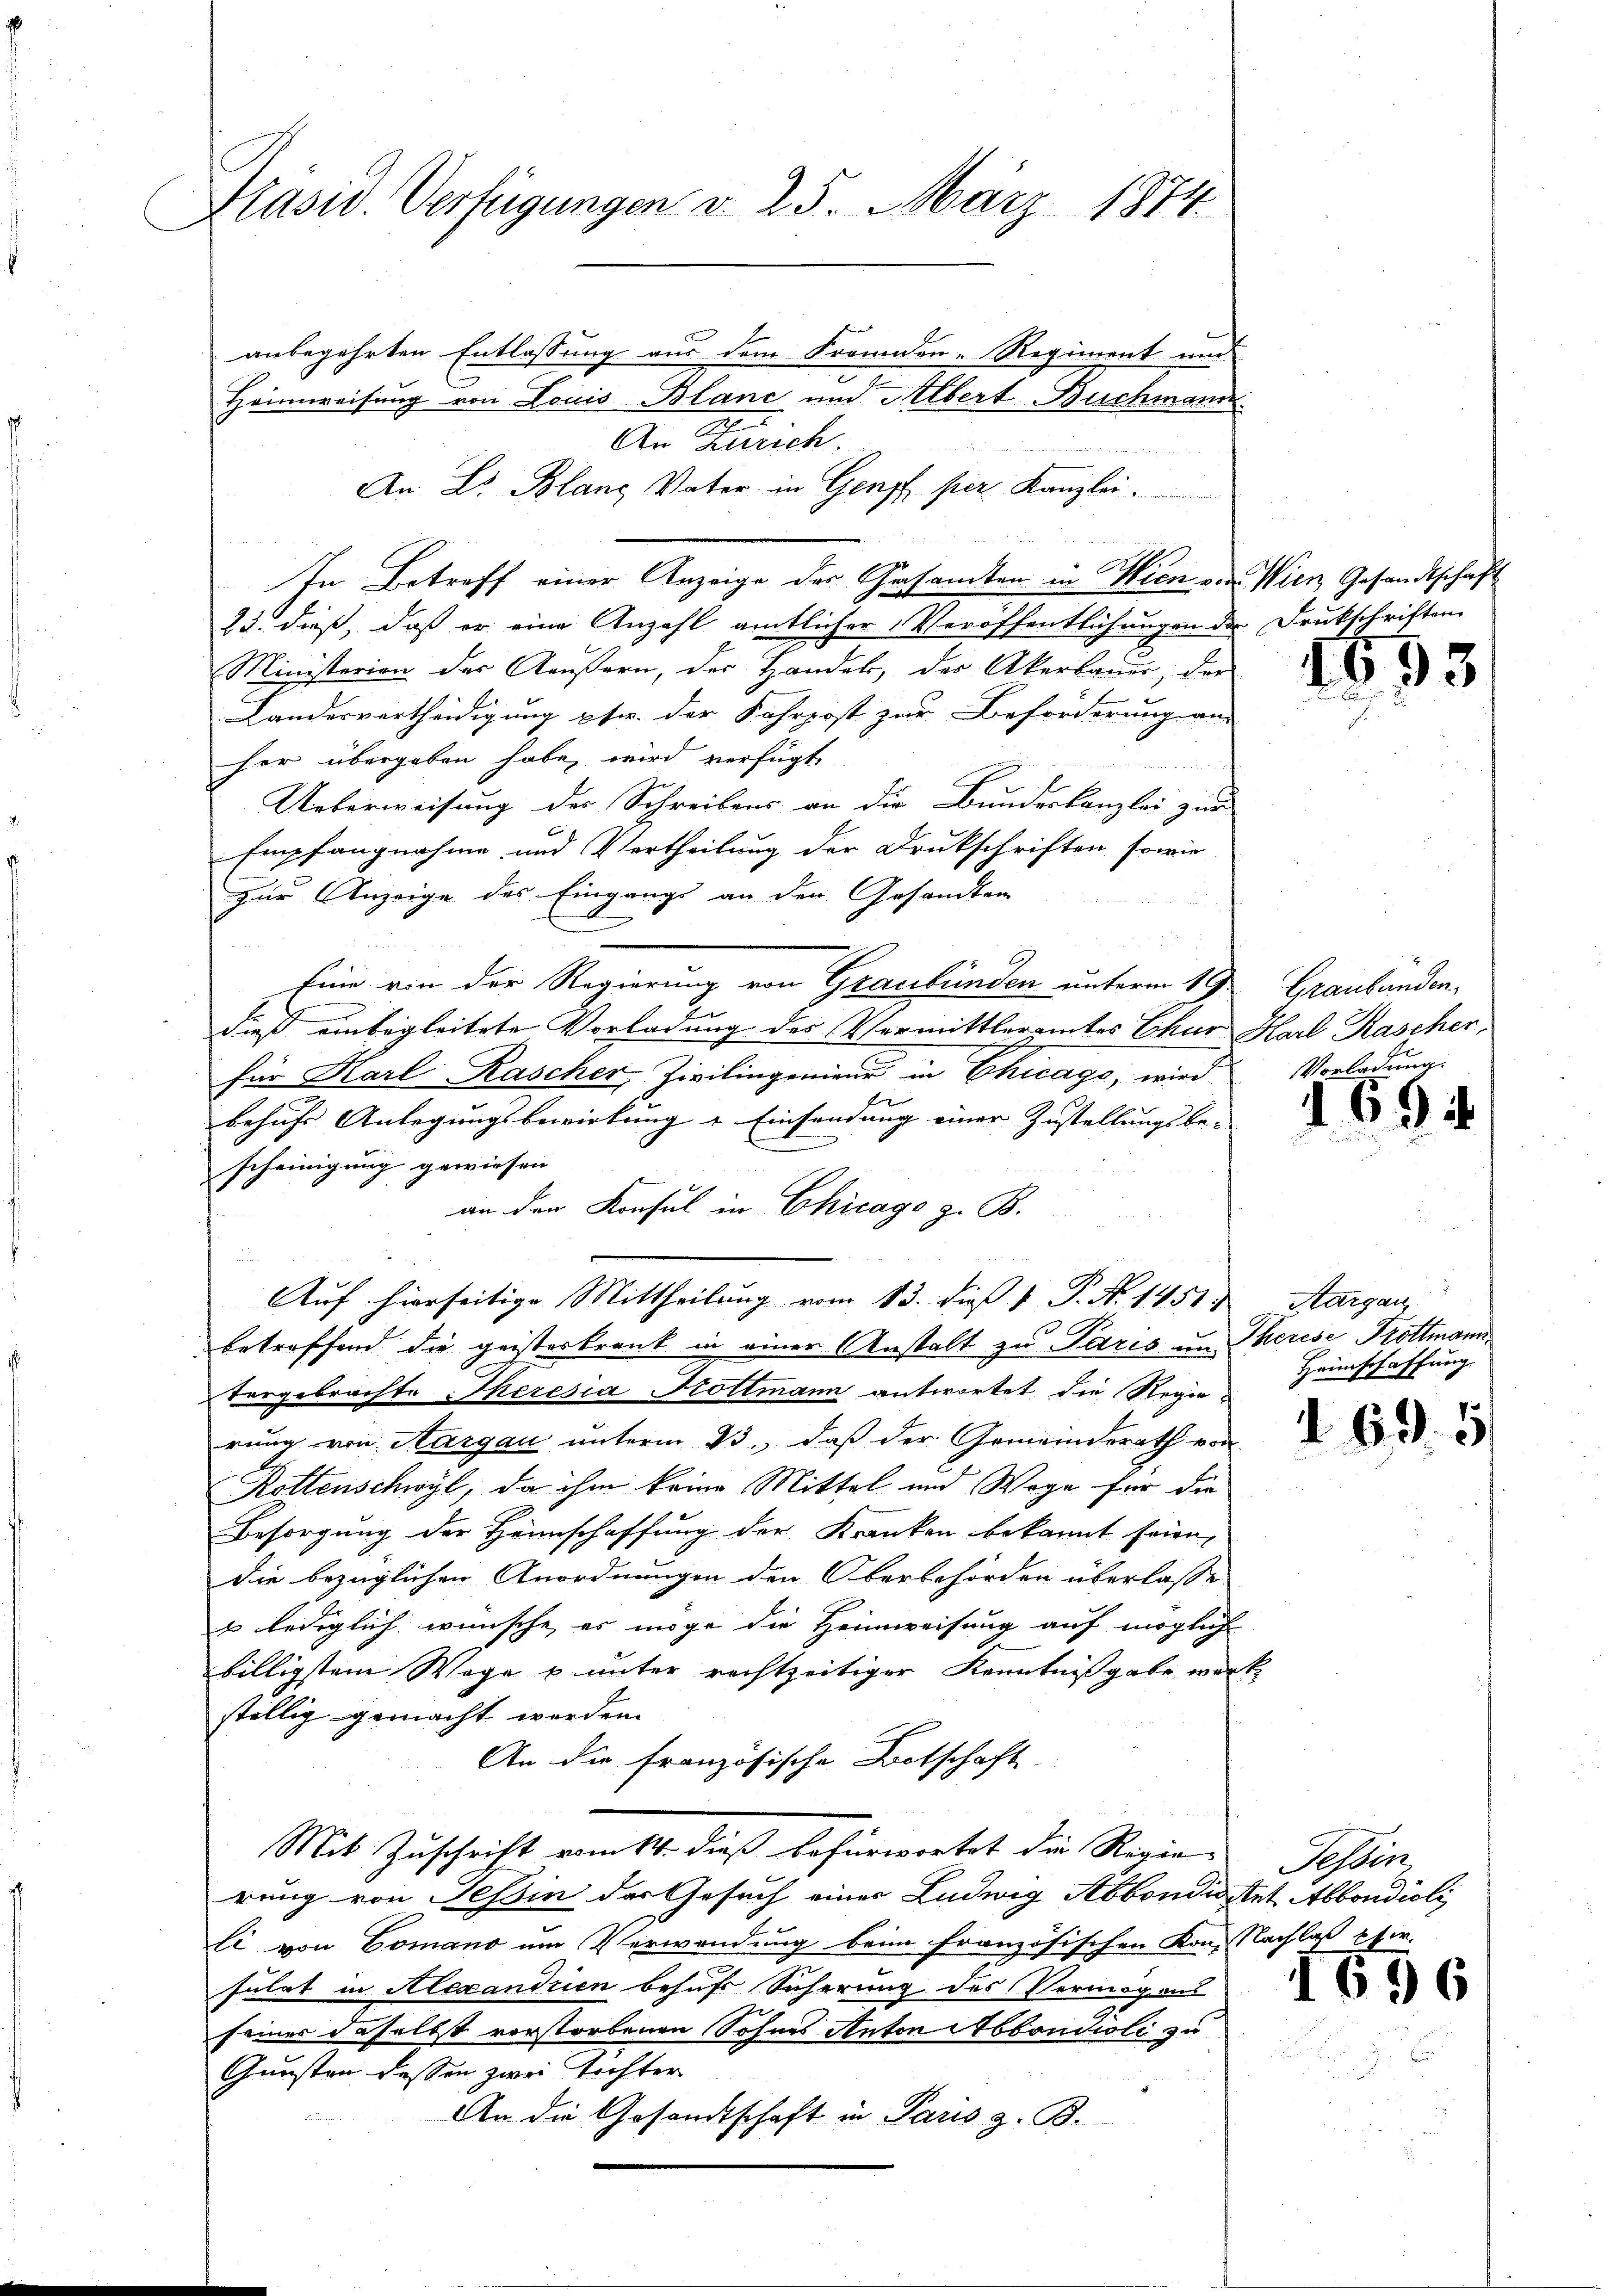
Präsid. Verfügungen d. 25. März 1874.

anbegehrten Entlassung aus dem Freunden-Regiment und
Heimweisung von Louis Blanc und Albert Buchmann
A
An Zürich
An Dr. Blanz Vater in Gempf per Kanzlei.
In Betreff einer Anzeige des Gesamten in Wien von Wien Gesandtschaft
23. dieß, daß er eine Anzahl amtlicher Veröffentlichungen der Drukschriften
Ministerien der Aeußern, der Handel, der Akerbauer, der
Landesvertheidigung ptr. der Fahrpost zur Beförderung an-
her übergeben habe, wird verfügt,

Ueberweisung des Schreibens an die Bundeskanzlei zur
Empfangnahme und Vertheilung der Druckschriften, sowie
zur Anzeige des Eingangs an den Gesandten
Eine von der Regierung von Graubünden unterm 19.
dieß einbegleitete Vorladung des Vermittleramtes Chur Karl Kascher,
für Karl Rascher, Zivilingenieur in Chicago, wird
behufs Anlegungsbewirkung & Einsendung einer Zustellungsbe-
scheinigung gewiesen.
an der Konsul in Chicago z. B.
Auf hierseitige Mittheilung vom 13. dieß 1 P. Nr. 1451. Aargau,
betreffend die geisterkrank in einer Anstalt zu Paris um Therese Trottmann
tergebrachte Theresia Hottmann antwortet die Regierung von Aargau unterm 23. daß der Gemeinderath von
Rottenschwyl, da ihm keine Mittel und Wege für die
Besorgung der Heimschaffung der Kranken bekannt seien,
die bezüglichen Anordnungen den Oberbehörden überlasse
u lediglich wünsche es möge die Heimweisung auf möglich
billigstem Wege u unter rechtzeitiger Kenntnißgabe werk
ställig gemacht werden.
An die französische Botschaft
Mit Zuschrift vom 14. dieß befürwortet die Regie-
rung von Teßin der Gesuch einer Ludwig Abbondigstet Abbondioli
li von Comano um Verwendung beim französischen Kon-Nachlass Efer-
fülat in Alexandrien behufs Sicherung des Vermögens
seiner daselbst verstorbenen Sohnes Anton Abbondioli zu
Gunsten dessen zwei Töchter
An die Gesandtschaft in Paris z. B.

1633

Graubünden.
Vorladung.

69.

Heimschaffung.

1

69

Tessin

1696